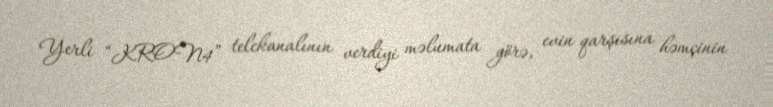
Yerli “KRON4” telekanalının verdiyi məlumata görə, evin qarşısına həmçinin